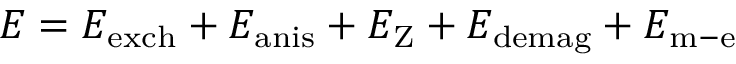
E = E _ { \mathrm { e x c h } } + E _ { \mathrm { a n i s } } + E _ { \mathrm { Z } } + E _ { \mathrm { d e m a g } } + E _ { \mathrm { m - e } }